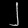
Digit: ၂